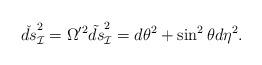
LaTeX: \begin{align*}\check{ds}^2_{\cal I} = \Omega'^2 \tilde{ds}^2_{\cal I} = d\theta^2+ \sin^2 \theta d \eta^2. \end{align*}